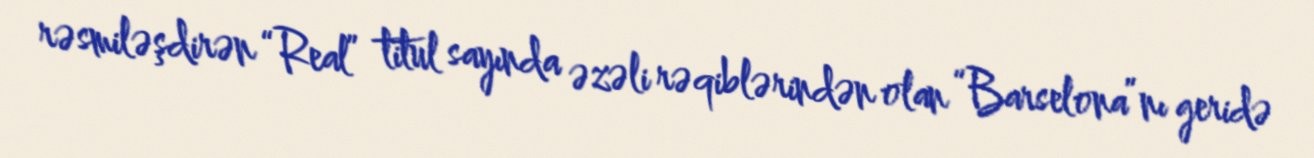
rəsmiləşdirən “Real” titul sayında əzəli rəqiblərindən olan “Barselona”nı geridə